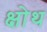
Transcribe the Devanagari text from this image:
क्षोथ